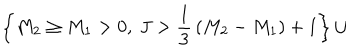
\left\{ M _ { 2 } \ge M _ { 1 } > 0 , ~ J > { \frac { 1 } { 3 } } \left( M _ { 2 } - M _ { 1 } \right) + 1 \right\} \cup